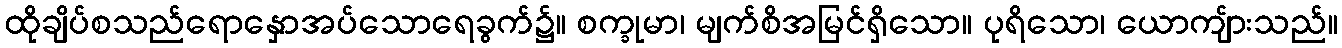
ထိုချိပ်စသည်ရောနှောအပ်သောရေခွက်၌။ စက္ခုမာ၊ မျက်စိအမြင်ရှိသော။ ပုရိသော၊ ယောကျ်ားသည်။